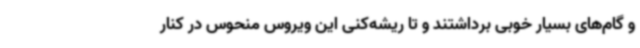
و گام‌های بسیار خوبی برداشتند و تا ریشه‌کنی این ویروس منحوس در کنار